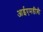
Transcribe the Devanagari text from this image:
आईएमडीबी